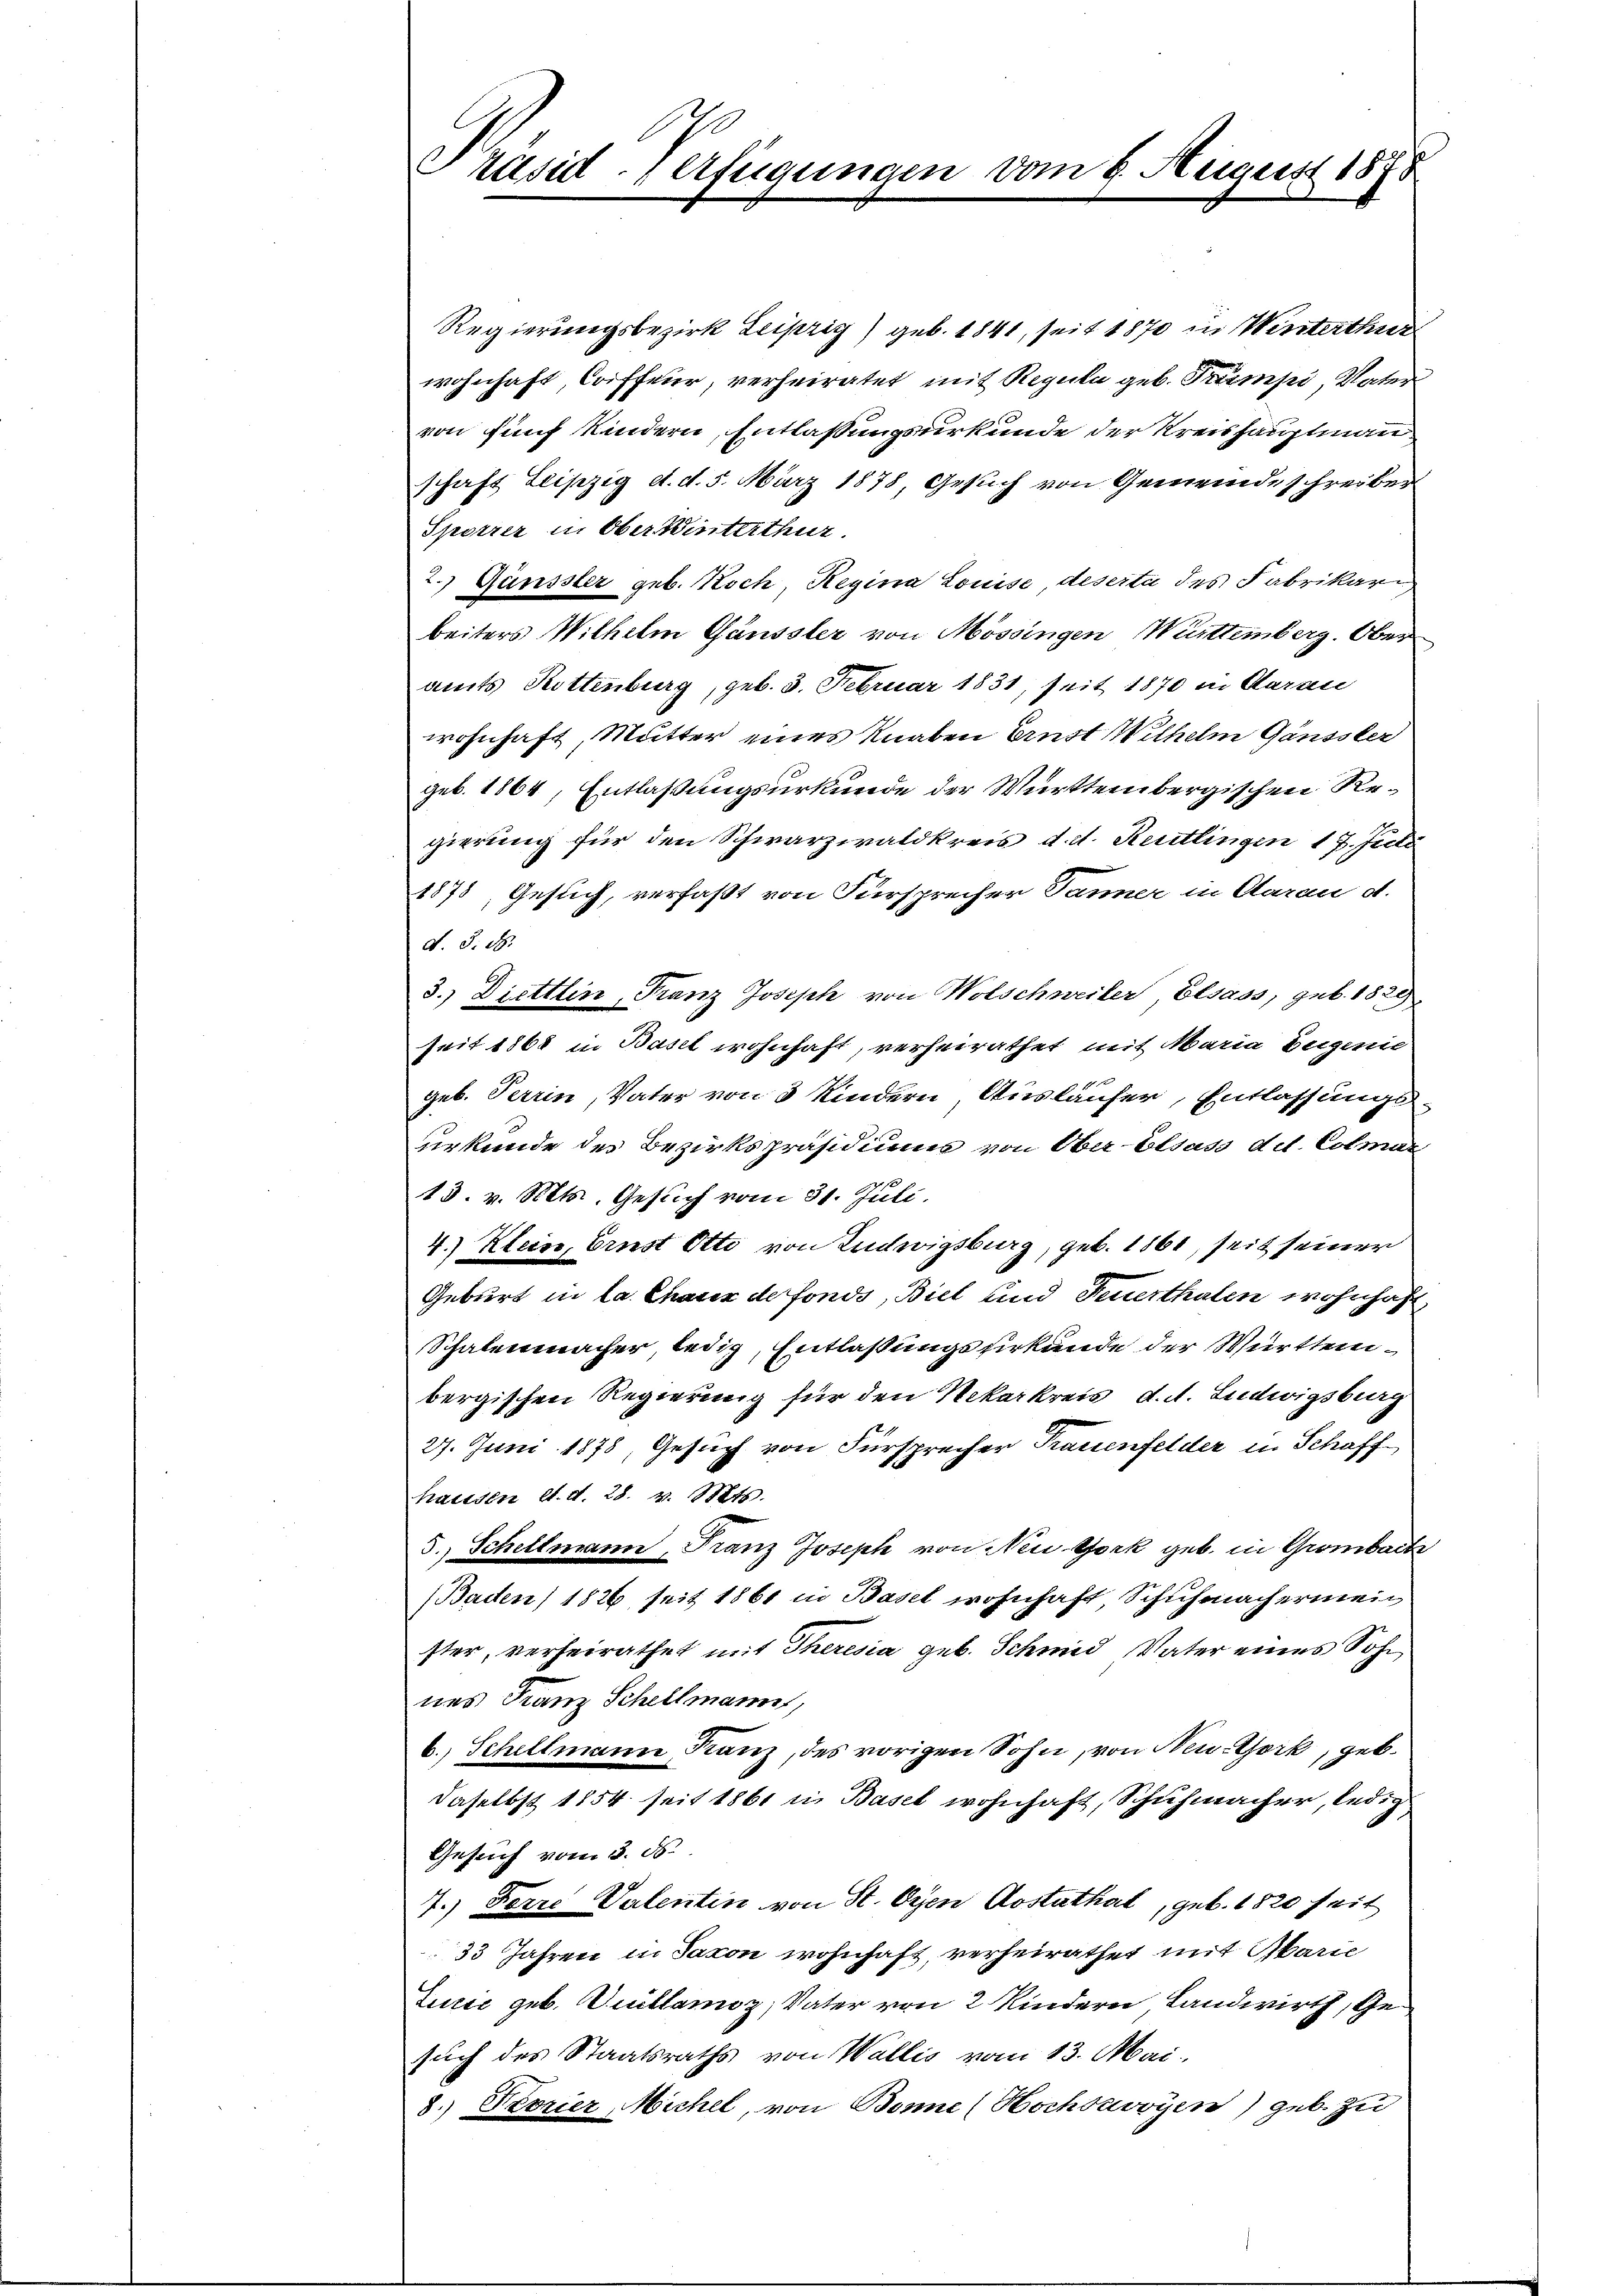
Präsid Verfügunge.

August 1878

Regierungsbezirk Leipzig) geb. 1841, seit 1870 in Winterthur
wohnhaft, Coiffeur, verheiratet, mit Regula geb. Trumpi, Vater
von fünf Kindern, Entlassungsurkunde der Kreishauptmann
schaft Leipzig d. d. 5. März 1878, Gesuch von Gemeinde schreiber
Sporrer in Oberwinterthur
2.) Günsster geb. Koch, Regina Louise, deserte des Fabrikari
beiters Wilhelm Gänssler von Mössingen Württemberg. Ober
amts Rottenburg, geb. 3. Februar 1831, seit 1870 in Aarau
wohnhaft, Mutter eines Knaben Ernst Wilhelm Gänssler
geb. 1864, Entlaßungsurkunde der Württembergischen Regierung für den Schwarzwaldkreis d. d. Reutlingen 17. Juli
1878, Gesuch, verfaßt von Fürsprecher Tanner in Aarau d.
d. d. d.
3.) Diettlin, Franz Joseph von Wolschweiler, Elsass, geb. 1829
seit 1868 in Basel wohnhaft, verheirathet mit Maria Eugenie
geb. Terrin, Vater von 3 Kindern, Ausläufer, Entlassungs-
urkunde des Bezirkspräsidiums von Ober-Elsass dil. Colmar
13. v. Mts. Gesuch vom 31. Juli.
4.) Klein, Ernst Otto von Ludwigsburg, geb. 1861, seit seiner
Geburt in la Chaux de fonds, Biel und Feuerthalen wohnhaft,
Schalenmacher ledig, Entlaßungsurkunde der Württembergischen Regierung für den Nekarkreis, d. d. Ludwigsburg
27. Juni 1878, Gesuch von Fürsprecher Trauenfelder in Schaff
hausen lt. d. 28. v. Mts.
5.) Scheltmann, Franz Joseph von New York geb. in Grombach
(Baden 1826 seit 1861 in Basel wohnhaft Schuhmachermein
ster, verheirathet mit Theresia geb. Schmid Vater eines Sohn,
nes Franz Schellmann,
b. Schillmann Kanz, des vorigen Sohn, von New-York, geb.
daselbst 1854 seit 1861 in Basel wohnhaft, Schuhmacher, ledig
Gesuch vom 3. ds.
7.) Ferie Valentin von St. Oyen Aostathal, geb. 1820 seit
33 Jahren in Saxon wohnhaft, verheirathet mit Marie
Lurić geb. Guillamoz, Vater von 2 Kindern, Landwirth, Gesuch des Staatsraths von Wallis vom 13. Mai.
8.) Peorier, Michel, von Bonne (Hochsavoyen) geb zu